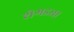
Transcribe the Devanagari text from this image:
शेगड्या